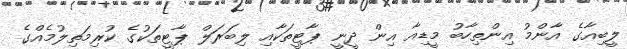
ލީބިއާގެ އާންމު އިންތިހާބު މީޑިއާ އިން ދީނީ ޕާޓީތަކާއި ލިބަރަލް ޕާޓީތަކުގެ ކުރިމަތިލުމެއްގެ